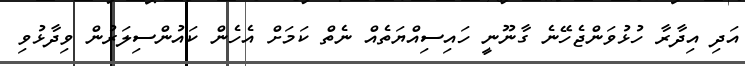
އަދި އިދާރާ ހުޅުވަންޖެހޭނެ ގާނޫނީ ހައިސިއްޔަތެއް ނެތް ކަމަށް އެހެން ކައުންސިލަރުން ވިދާޅުވި